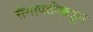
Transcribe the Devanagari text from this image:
सेनापतीकडून